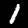
Label: 1